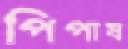
পিপাষ